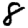
Digit: 8